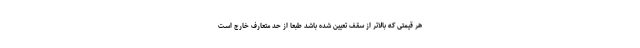
هر قیمتی که بالاتر از سقف تعیین شده باشد طبعا از حد متعارف خارج است